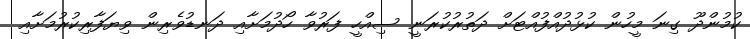
ކުމުންދޫ ގިނަ މީހުން ކުޅުދުއްފުއްޓަށް ދަތުރުކުރަނީ ސިއްހީ ފަރުވާ ހޯދުމަށާއި ދަނޑުވެރިން ވިޔަފާރިކުރުމަށާއި